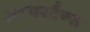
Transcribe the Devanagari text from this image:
अल्बरटैन्स